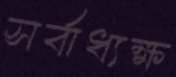
সর্বাধ্যক্ষ